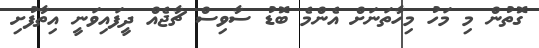
ގޮތުން މި މަހު މިހާތަނަށް އެންމެ ބޮޑު ސާވިސް ޗާޖެއް ދީފައިވަނީ އިތާފުށި